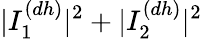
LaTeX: |I_{1}^{(dh)}|^{2}+|I_{2}^{(dh)}|^{2}